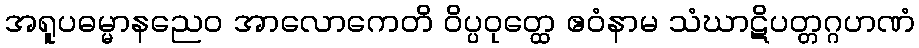
အရူပဓမ္မာနညေဝ အာလောကေတိ ဝိပ္ပဝုတ္ထေ ဧဝံနာမ သံဃာဋိပတ္တဂ္ဂဟဏံ